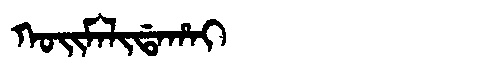
Manchu: ᡴᠣᡳᠮᠠᠯᡳᡩᠠᡥᠠᡳ
Romanization: KOIMALIDAHAI